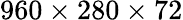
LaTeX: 960\times 280\times 72